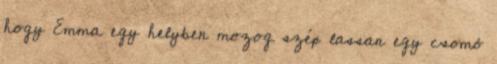
hogy Emma egy helyben mozog szép lassan egy csomó